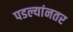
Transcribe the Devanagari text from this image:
पडल्यांनतर